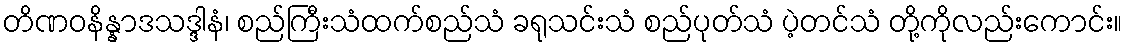
တိဏဝနိန္နာဒသဒ္ဒါနံ၊ စည်ကြီးသံထက်စည်သံ ခရုသင်းသံ စည်ပုတ်သံ ပဲ့တင်သံ တို့ကိုလည်းကောင်း။